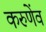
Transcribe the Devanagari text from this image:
करुणेंव